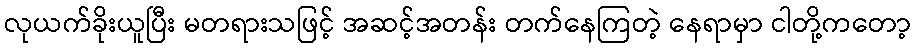
လုယက်ခိုးယူပြီး မတရားသဖြင့် အဆင့်အတန်း တက်နေကြတဲ့ နေရာမှာ ငါတို့ကတော့